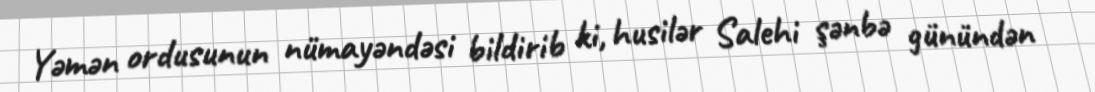
Yəmən ordusunun nümayəndəsi bildirib ki, husilər Salehi şənbə günündən